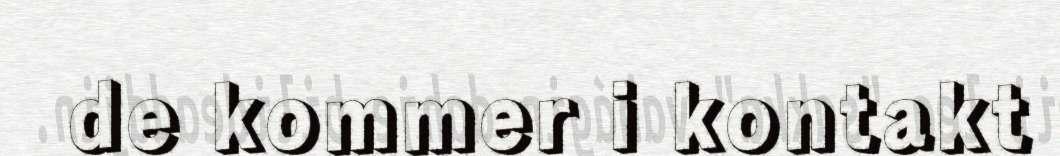
de kommer i kontakt